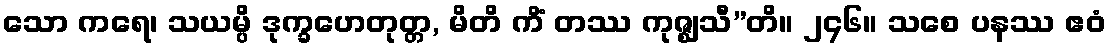
သော ကရေ၊ သယမ္ပိ ဒုက္ခဟေတုတ္တ, မိတိ ကိံ တဿ ကုဇ္ဈသီ”တိ။ ၂၄၆။ သစေ ပနဿ ဧဝံ